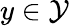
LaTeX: y\in\mathcal{Y}